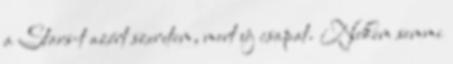
a Stars-t azért szeretem, mert új csapat. Nekem semmi